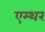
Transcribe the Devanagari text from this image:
एम्थर